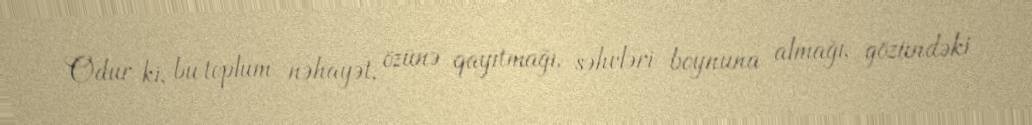
Odur ki, bu toplum nəhayət, özünə qayıtmağı, səhvləri boynuna almağı, gözündəki